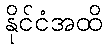
နိုင်ငံအထိ